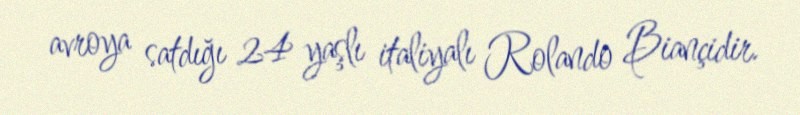
avroya satdığı 24 yaşlı italiyalı Rolando Biançidir.